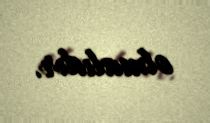
olmalıdır.